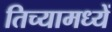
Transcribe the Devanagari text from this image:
तिच्यामध्यें